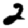
Digit: 2